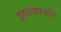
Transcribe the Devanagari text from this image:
झाल्याचीं